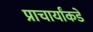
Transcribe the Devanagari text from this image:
प्राचार्यांकडे